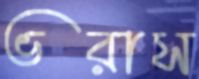
ভরাস